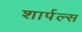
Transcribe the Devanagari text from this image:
शार्पल्स